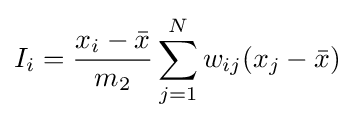
I_{i}={\frac {x_{i}-{\bar {x}}}{m_{2}}}\sum _{j=1}^{N}w_{ij}(x_{j}-{\bar {x}})